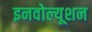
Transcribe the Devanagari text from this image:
इनवोल्यूशन